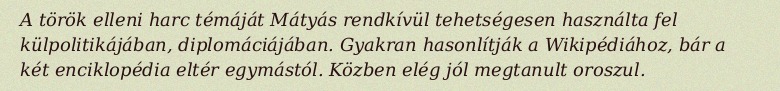
A török elleni harc témáját Mátyás rendkívül tehetségesen használta fel külpolitikájában, diplomáciájában. Gyakran hasonlítják a Wikipédiához, bár a két enciklopédia eltér egymástól. Közben elég jól megtanult oroszul.